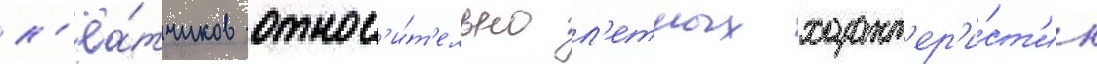
л'ё́тчиков относ'и́т'ельно л'етных характ'ер'и́ст'ик